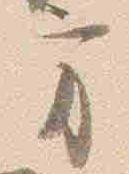
方